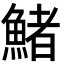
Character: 鯺